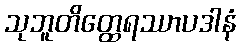
သုဘူတိတ္ထေရဿာပဒါနံ